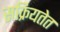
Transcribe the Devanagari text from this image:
सक्रियतेत